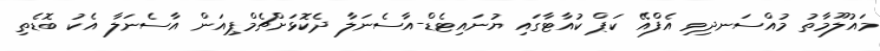
މައުލޫމާތު މުއްސަނދިވި އެފްއޭ ކަޕް ކުއާޓާގައި ޔުނައިޓެޑް-އާސެނަލާ ދެކޮޅަށްޗެމްޕިއަން އާސެނަލާ އެކު ބޮޑެތި